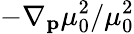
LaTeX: -\nabla_{\mathbf{p}}\mu_{0}^{2}/\mu_{0}^{2}